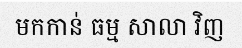
មកកាន់ ធម្ម សាលា វិញ